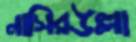
নাসিরউল্লা